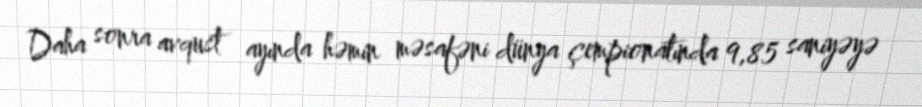
Daha sonra avqust ayında həmin məsafəni dünya çempionatında 9,85 saniyəyə